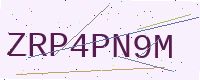
Text: ZRP4PN9M